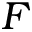
F